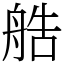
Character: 艁